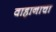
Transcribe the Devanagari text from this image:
वाहानाचा